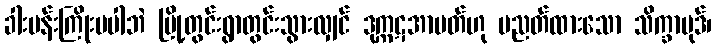
ခါးပန်းကြိုးမပါဘဲ မြို့တွင်းရွာတွင်းသွားလျှင် ဒုက္ကဋအာပတ်ဟု ပညတ်ထားသော သိက္ခာပုဒ်၊